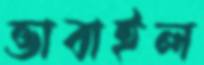
ভাবাইল